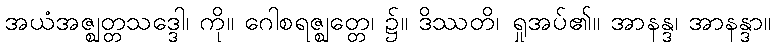
အယံအဇ္ဈတ္တသဒ္ဒေါ၊ ကို။ ဂေါစရဇ္ဈတ္တေ၊ ၌။ ဒိဿတိ၊ ရှုအပ်၏။ အာနန္ဒ၊ အာနန္ဒာ။